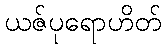
ယဇ်ပုရောဟိတ်